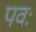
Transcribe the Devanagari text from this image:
पवः